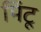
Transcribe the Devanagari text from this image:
मिंटू